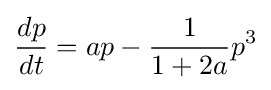
{\frac {dp}{dt}}=ap-{\frac {1}{1+2a}}p^{3}